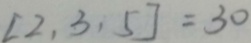
[ 2 , 3 , 5 ] = 3 0